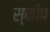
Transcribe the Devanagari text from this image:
स्कीप